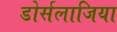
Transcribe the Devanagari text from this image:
डोर्सलाजिया